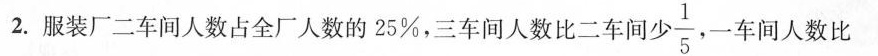
2. 服装厂二车间人数占全厂人数的25%，三车间人数比二车间少 $$\frac { 1 } { 5 }$$ 一车间人数比